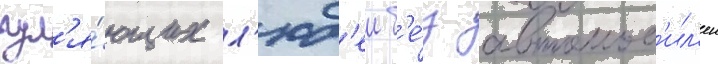
гул'я́ющих л'юд'еи б'е́з автомоб'ил'еи